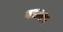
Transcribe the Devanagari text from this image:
परन्तप